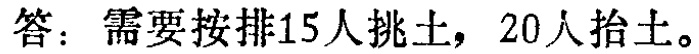
答：需要安排15人挑土，20人抬土。